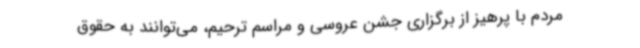
مردم با پرهیز از برگزاری جشن عروسی و مراسم ترحیم، می‌توانند به حقوق